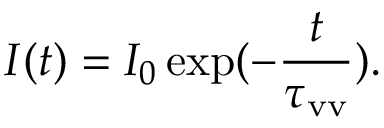
I ( t ) = I _ { 0 } \exp ( - \frac { t } { \tau _ { \mathrm { v v } } } ) .